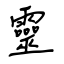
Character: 靈